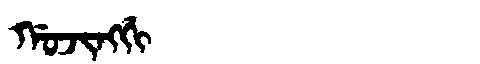
Manchu: ᡤᠣᠵᡳᠩᡤᡳ
Romanization: GOJINGGI